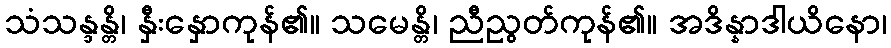
သံသန္ဒန္တိ၊ နှီးနှောကုန်၏။ သမေန္တိ၊ ညီညွတ်ကုန်၏။ အဒိန္နာဒါယိနော၊